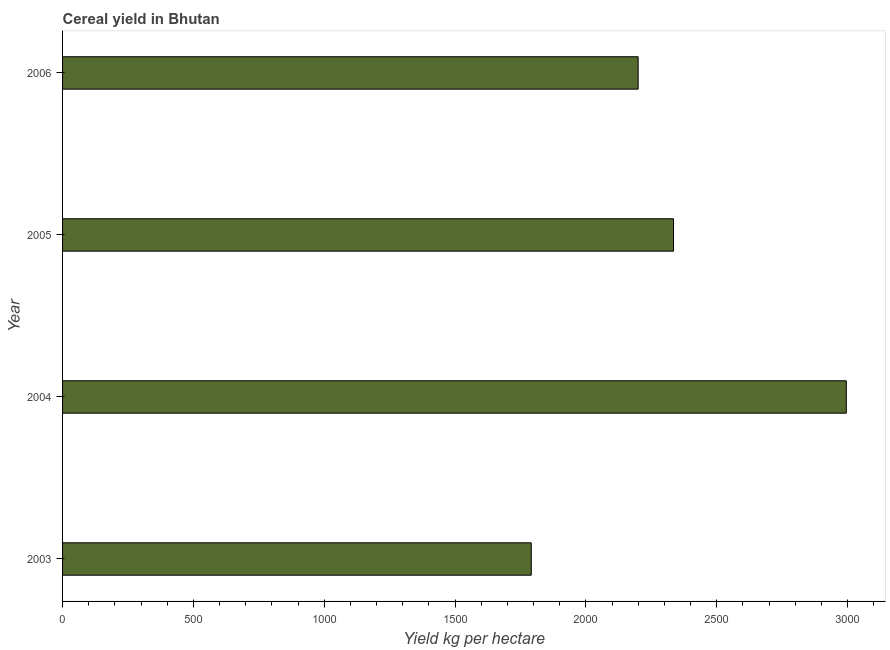
| Year | Cereal yield |
 | --- | --- |
 | 2003 | 1.79e+03 |
 | 2004 | 3e+03 |
 | 2005 | 2.33e+03 |
 | 2006 | 2.2e+03 |